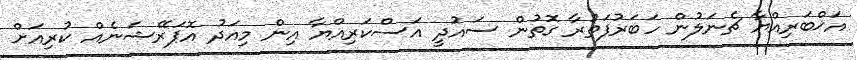
އަޚްބަރިއްޔާ ޗެނަލުން ހަބަރުފަތުރާ ގޮތުން ސައުދީ އަސްކަރިއްޔާ އިން މިއަދު އޮޕަރޭޝަނެއް ކުރިއަށް